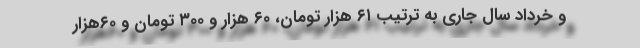
و خرداد سال جاری به ترتیب ۶۱ هزار تومان، ۶۰ هزار و ۳۰۰ تومان و ۶۰هزار